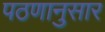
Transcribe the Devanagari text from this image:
पठणानुसार